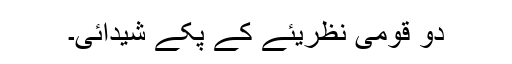
دو قومی نظریئے کے پکے شیدائی۔